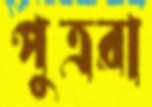
পুত্ররা